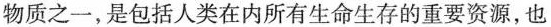
物质之一，是包括人类在内所有生命生存的重要资源，也